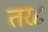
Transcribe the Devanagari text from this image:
तर८